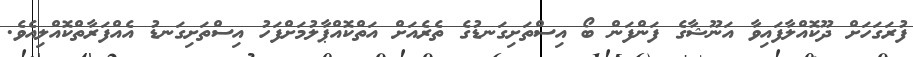
ފުރަގަހަށް ދޫކޮއްލާފައިވާ އަނޫޝާގެ ފަންފަން ބޯ އިސްތަށިގަނޑުގެ ތެރެއަށް އަތްކޮއްޕާލުމަށްފަހު އިސްތަށިގަނޑު އެއްފަރާތްކޮއްލިއެވެ.